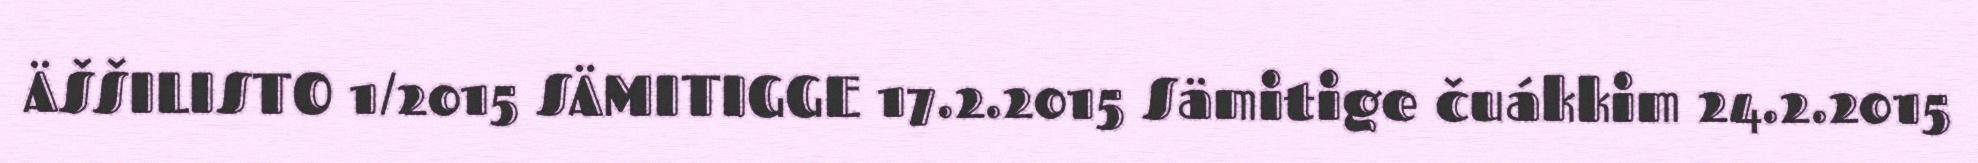
ÄŠŠILISTO 1/2015 SÄMITIGGE 17.2.2015 Sämitige čuákkim 24.2.2015